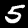
Digit: 5